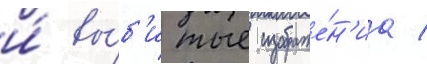
и́ вы́б'итые изображе́н'иа /